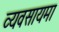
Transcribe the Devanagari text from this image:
व्यवसायमा